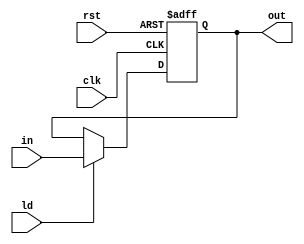
`timescale 1ns/1ns
module Reg32(input clk, rst, ld, input [31:0] in, output reg [31:0] out);
	always @(posedge clk, posedge rst) begin
		if(rst) begin
			out <= 32'b0;
		end else begin
			out <= ld ? in : out;
		end
	end
endmodule